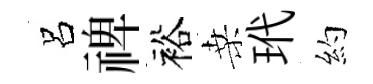
呂禆裕桑玳約